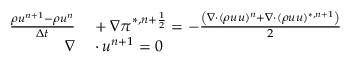
\begin{array} { r l } { \frac { \rho u ^ { n + 1 } - \rho u ^ { n } } { \Delta t } } & { { } + \nabla \pi ^ { * , n + \frac { 1 } { 2 } } = - \frac { \left( \nabla \cdot ( \rho u u ) ^ { n } + \nabla \cdot ( \rho u u ) ^ { * , n + 1 } \right) } { 2 } } \\ { \nabla } & { { } \cdot u ^ { n + 1 } = 0 } \end{array}